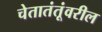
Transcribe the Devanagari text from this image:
चेतातंतूंवरील